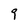
Character: 9